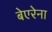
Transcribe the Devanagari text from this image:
बेएरेना